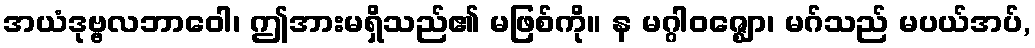
အယံဒုဗ္ဗလဘာဝေါ၊ ဤအားမရှိသည်၏ မဖြစ်ကို။ န မဂ္ဂါဝဇ္ဈော၊ မဂ်သည် မပယ်အပ်,